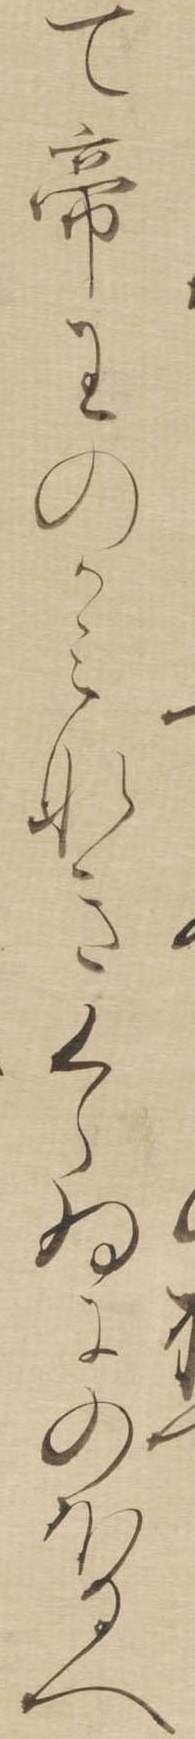
て帝王のかみなきくらゐにのほるへ